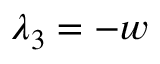
\lambda _ { 3 } = - w